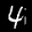
Label: 4